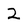
Character: 2